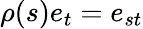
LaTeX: \rho(s)e_{t}=e_{st}